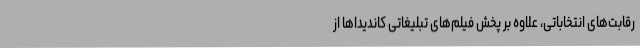
رقابت‌های انتخاباتی، علاوه بر پخش فیلم‌های تبلیغاتی کاندیداها از